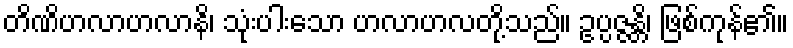
တိဏိဟလာဟလာနိ၊ သုံးပါးသော ဟလာဟလတို့သည်။ ဥပ္ပဇ္ဇန္တိ၊ ဖြစ်ကုန်၏။